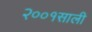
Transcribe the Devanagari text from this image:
२००१साली